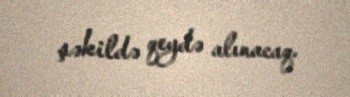
şəkildə qeydə alınacaq.